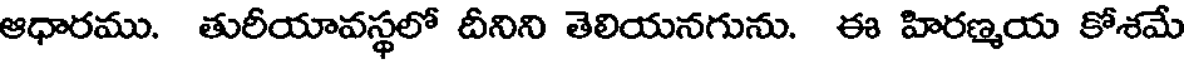
ఆధారము. తురీయావస్థలో దీనిని తెలియనగును. ఈ హిరణ్మయ కోశమే